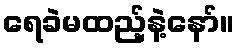
ရေခဲမထည့်နဲ့နော်။